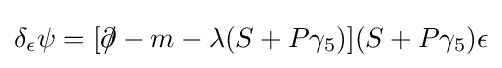
\delta _{\epsilon }\psi =[\partial \!\!\!/-m-\lambda (S+P\gamma _{5})](S+P\gamma _{5})\epsilon